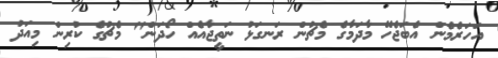
އަހަރެމެން އެބަޖެހޭ މާދަމާގެ މެޗުން ރަނގަޅު ނަތީޖާއެއް ހޯދަން" މެޗުގެ ކުރިން މިއަދު